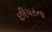
છીપરના